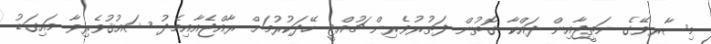
މިސާރވޭގެ ނަތީޖާއިން ދައްކާ ގޮތުން ފަތުރުވެރިން ޗުއްޓީ ހޭދަކުރުމަށް ރާއްޖެއާއިމެދު ޝައުޤުވެރިވާ މައިގަޑު